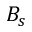
B _ { s }